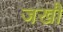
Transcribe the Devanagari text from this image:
जखौ